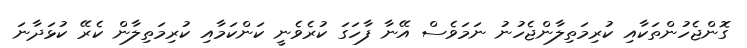
ގޮންޖެހުންތަކާއި ކުރިމަތިލާންޖެހުނު ނަމަވެސް އޭނާ ފާހަގަ ކުރެވެނީ ކަންކަމާއި ކުރިމަތިލާން ކެރޭ ކުޅަދާނަ